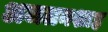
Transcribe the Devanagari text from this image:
अजलनशाह